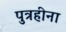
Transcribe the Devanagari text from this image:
पुत्रहीना